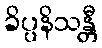
ခိပ္ပနိသန္တီ